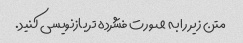
متن زیر را به صورت فشرده تر بازنویسی کنید.